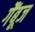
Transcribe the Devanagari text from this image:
गैंबूज